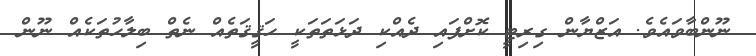
ނޫންބާވައެވެ. އަޒްޔާން ގިރިޓީ ކޮށްފައި ދެއްކި ދަޅަތަތަކީ ހަޤީޤަތެއް ނެތް ބިލާހުތަކެއް ނޫން